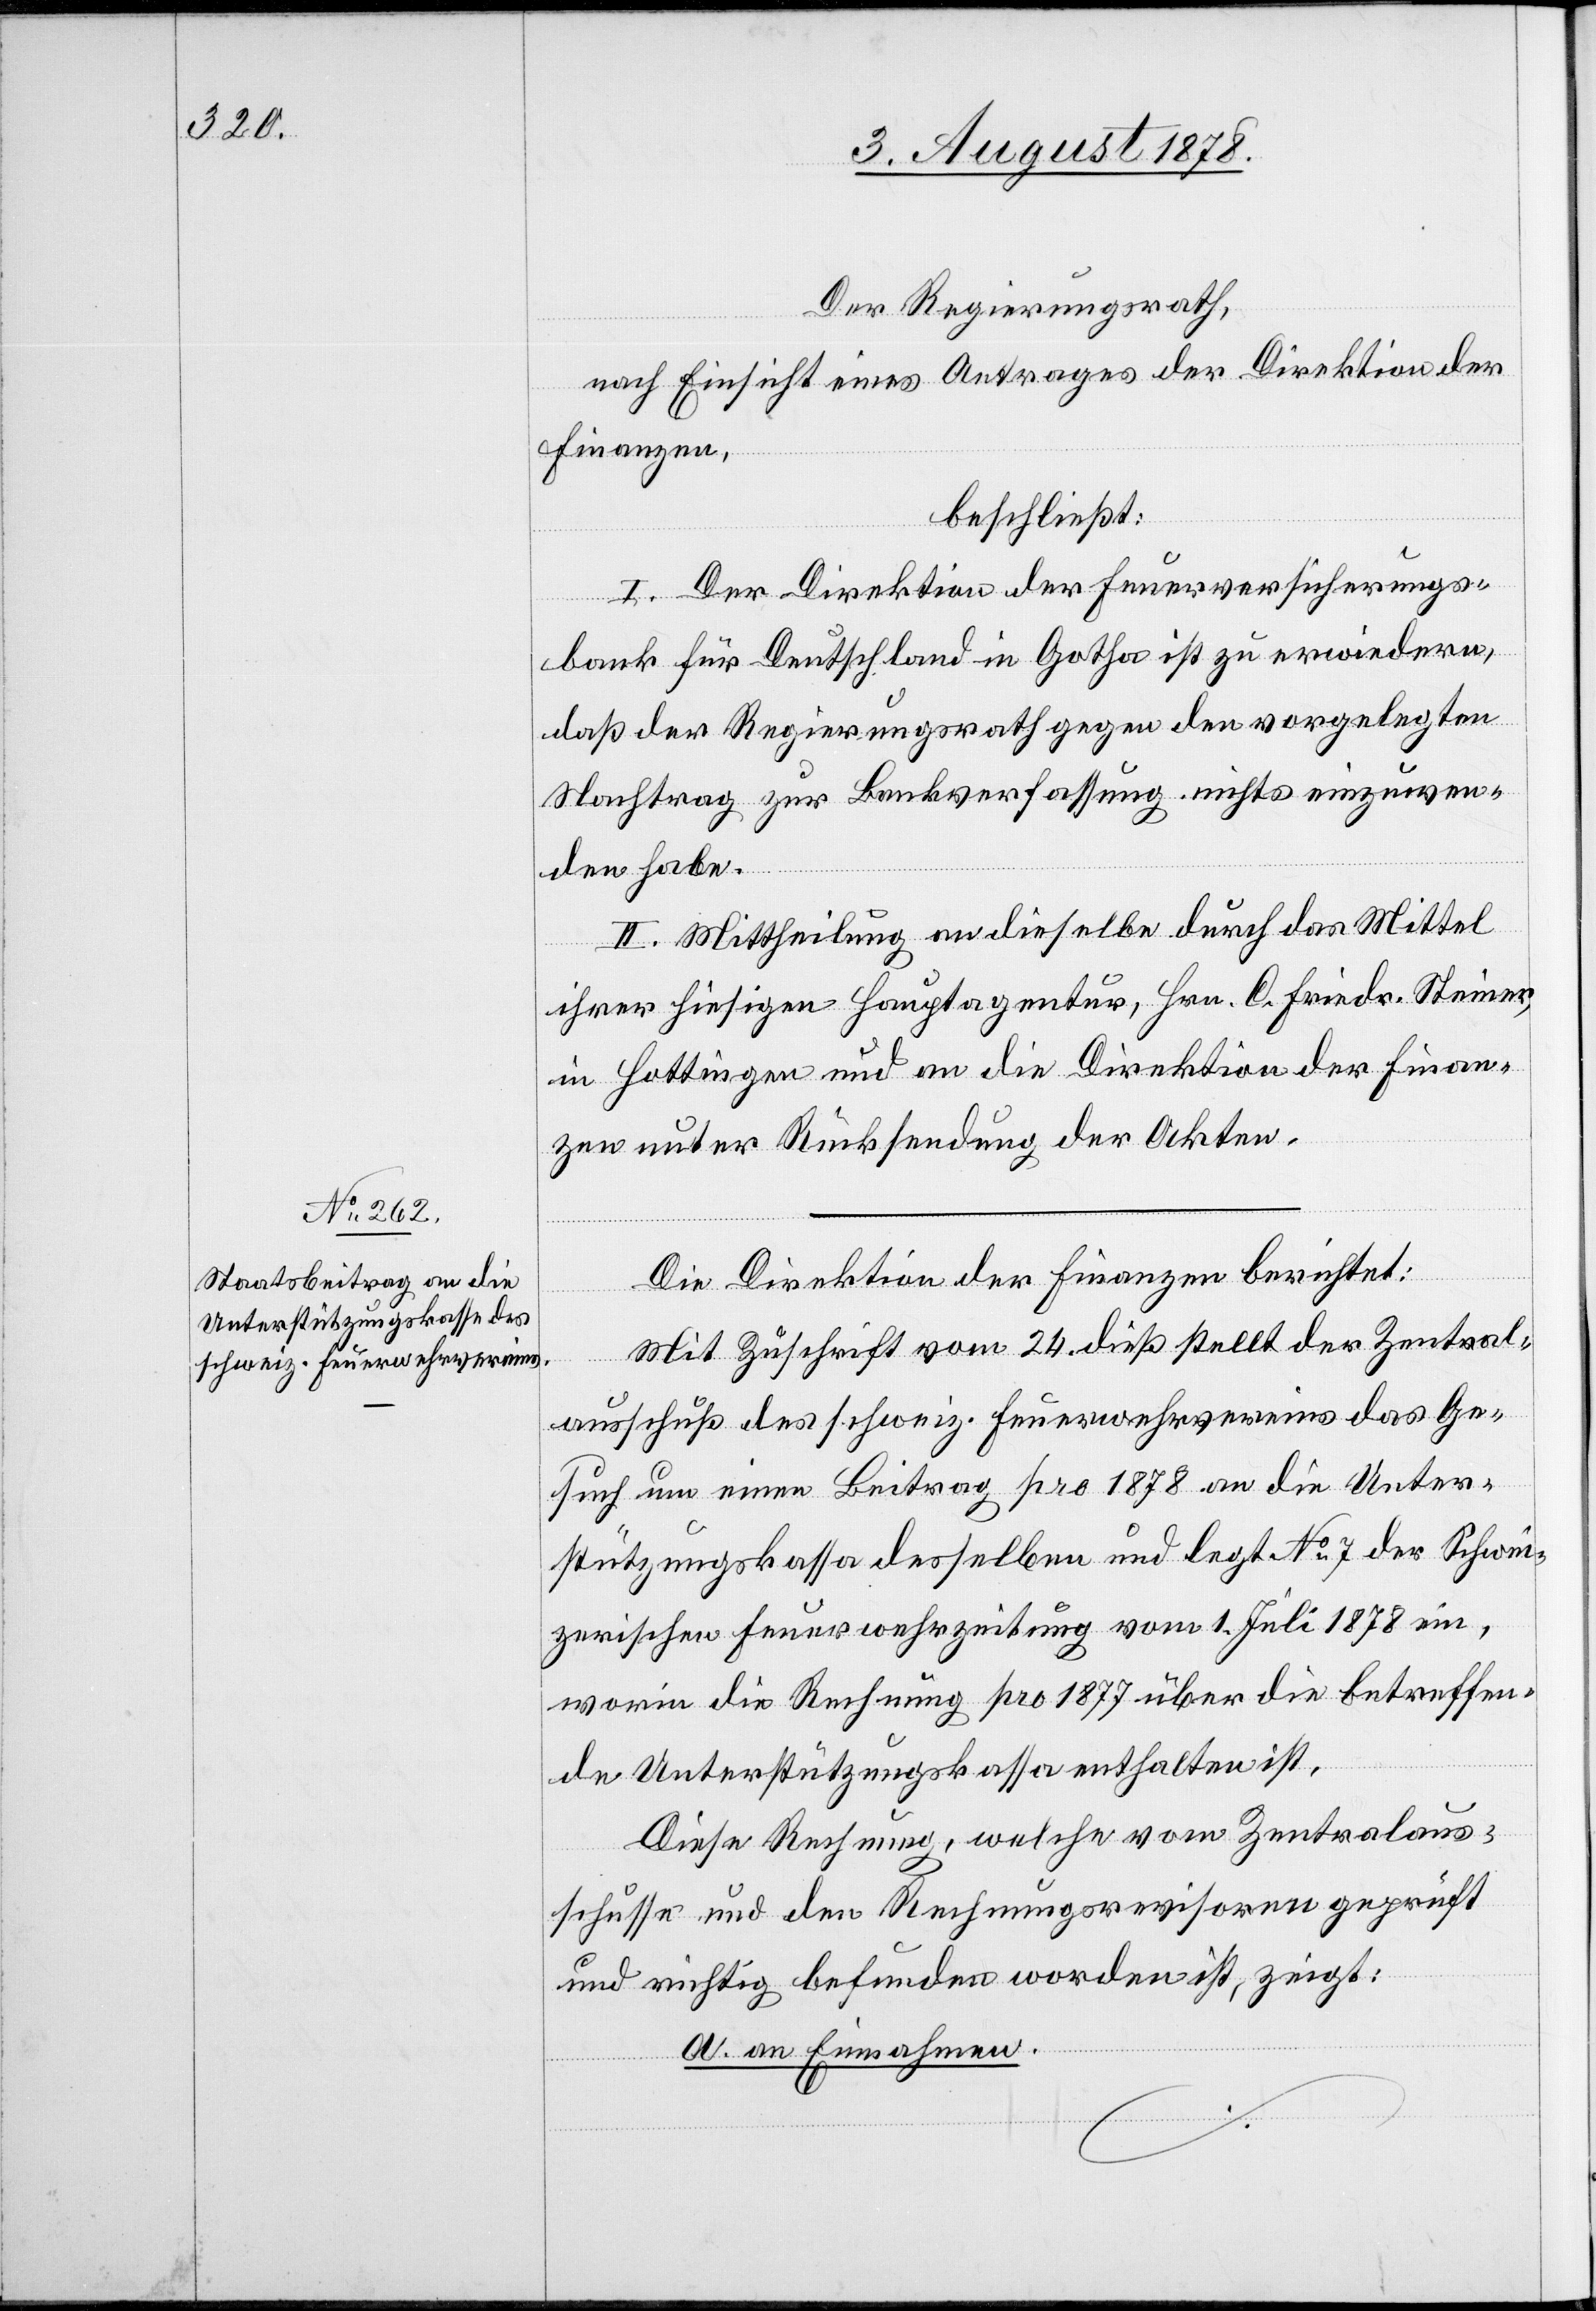
Der Regierungsrath,
nach Einsicht eines Antrages der Direktion der
Finanzen,
beschließt:
I. Der Direktion der Feuerversicherungs¬
bank für Deutschland in Gotha ist zu erwiedern,
daß der Regierungsrath gegen den vorgelegten
Nachtrag zur Bankverfassung nichts einzuwen¬
den habe.
II. Mittheilung an dieselbe durch das Mittel
ihrer hiesigen Hauptagentur, Hrn. C. Friedr. Steiner,
in Hottingen und an die Direktion der Finan¬
zen unter Rücksendung der Akten.
Die Direktion der Finanzen berichtet:
Mit Zuschrift vom 24. dieß stellt der Zentral¬
ausschuß des schweiz. Feuerwehrvereins das Ge¬
such um einen Beitrag pro 1878 an die Unter¬
stützungskassa desselben und legt No 7 der Schwei¬
zerischen Feuerwehrzeitung vom 1. Juli 1878 ein,
worin die Rechnung pro 1877 über die betreffen¬
de Unterstützungskassa enthalten ist,
Diese Rechnung, welche vom Zentralaus¬
schusse und den Rechnungsrevisoren geprüft
und richtig befunden worden ist, zeigt:
a. An Einnahmen.